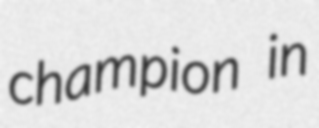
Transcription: champion in